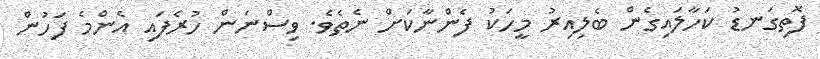
ފޮތިގަނޑު ކަހާލައިގެން ބެލިއިރު މީހަކު ފެންނާކަށް ނެތެވެ. ވިސްނަން ހުރެފައި އެންމެ ފަހުން